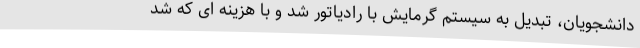
دانشجویان، تبدیل به سیستم گرمایش با رادیاتور شد و با هزینه ای که شد